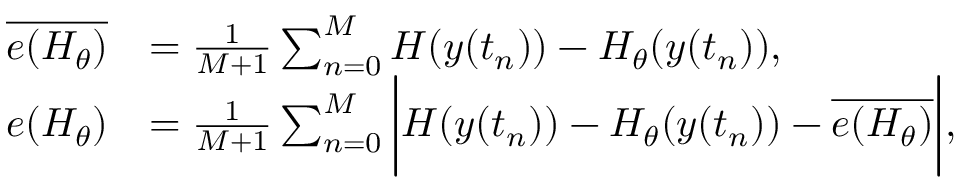
\begin{array} { r l } { \overline { { e ( H _ { \theta } ) } } } & { = \frac { 1 } { M + 1 } \sum _ { n = 0 } ^ { M } H ( y ( t _ { n } ) ) - H _ { \theta } ( y ( t _ { n } ) ) , } \\ { e ( H _ { \theta } ) } & { = \frac { 1 } { M + 1 } \sum _ { n = 0 } ^ { M } \bigg | H ( y ( t _ { n } ) ) - H _ { \theta } ( y ( t _ { n } ) ) - \overline { { e ( H _ { \theta } ) } } \bigg | , } \end{array}